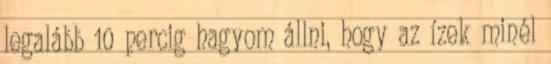
legalább 10 percig hagyom állni, hogy az ízek minél